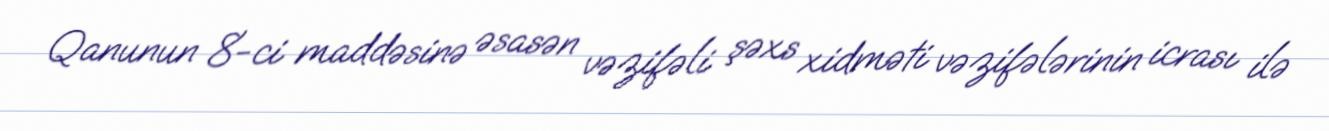
Qanunun 8-ci maddəsinə əsasən vəzifəli şəxs xidməti vəzifələrinin icrası ilə